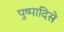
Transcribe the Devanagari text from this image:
पुष्पादिसे